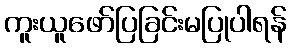
ကူးယူဖော်ပြခြင်းမပြုပါရန်